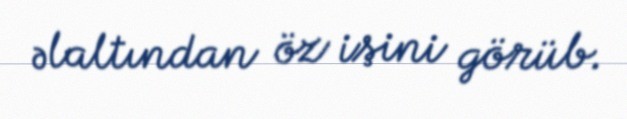
əlaltından öz işini görüb.